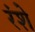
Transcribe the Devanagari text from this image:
रंशे